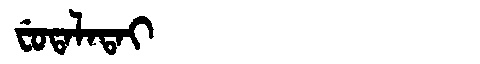
Manchu: ᠸᡠᡨᠠᠯᠠᡨᠠᡳ
Romanization: FUTALATAI